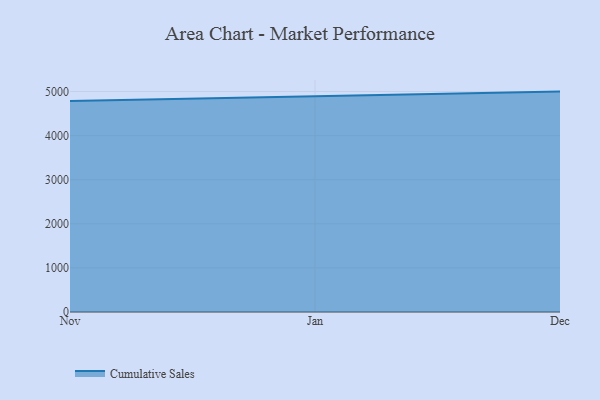
{"axis": {"x": "Month", "y": "Tickets Resolved"}, "legend": ["Cumulative Sales"], "data": [{"x": "Nov", "y": 4782.4, "type": "Cumulative Sales"}, {"x": "Jan", "y": 4896.6, "type": "Cumulative Sales"}, {"x": "Dec", "y": 4998.0, "type": "Cumulative Sales"}]}